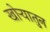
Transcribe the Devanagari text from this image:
खोऱ्यातुन